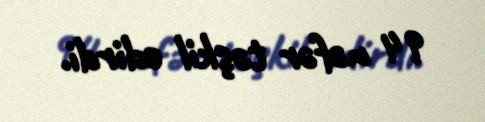
94 nəfər təşkil edirdi.